Civil Veterinary Dept. Bombay admin report 1923-31 - 1923-1931
Year: 1923
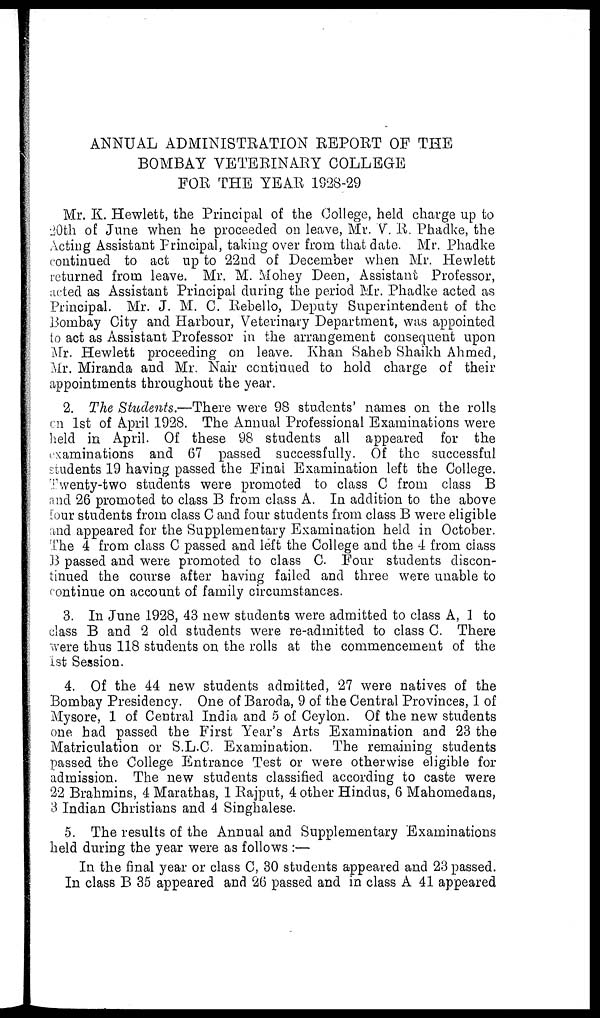
ANNUAL ADMINISTRATION REPORT OF THE
BOMBAY VETERINARY COLLEGE
FOR THE YEAR 1928-29
Mr. K. Hewlett, the Principal of the College, held charge up to
20th of June when he proceeded on leave, Mr. V. R. Phadke, the
Acting Assistant Principal, taking over from that date. Mr. Phadke
continued to act up to 22nd of December when Mr. Hewlett
returned from leave. Mr. M. Mohey Deen, Assistant Professor,
acted as Assistant Principal during the period Mr. Phadke acted as
Principal. Mr. J. M. C. Rebello, Deputy Superintendent of the
Bombay City and Harbour, Veterinary Department, was appointed
to act as Assistant Professor in the arrangement consequent upon
Mr. Hewlett proceeding on leave. Khan Saheb Shaikh Ahmed,
Mr. Miranda and Mr. Nair continued to hold charge of their
appointments throughout the year.
2. The Students.—There were 98 students' names on the rolls
on 1st of April 1928. The Annual Professional Examinations were
held in April. Of these 98 students all appeared for the
examinations and 67 passed successfully. Of the successful
students 19 having passed the Final Examination left the College.
Twenty-two students were promoted to class C from class B
and 26 promoted to class B from class A. In addition to the above
four students from class C and four students from class B were eligible
and appeared for the Supplementary Examination held in October.
The 4 from class C passed and left the College and the 4 from class
B passed and were promoted to class C. Four students discon-
tinued the course after having failed and three were unable to
continue on account of family circumstances.
3. In June 1928, 43 new students were admitted to class A, 1 to
class B and 2 old students were re-admitted to class C. There
were thus 118 students on the rolls at the commencement of the
1st Session.
4. Of the 44 new students admitted, 27 were natives of the
Bombay Presidency. One of Baroda, 9 of the Central Provinces, 1 of
Mysore, 1 of Central India and 5 of Ceylon. Of the new students
one had passed the First Year's Arts Examination and 23 the
Matriculation or S.L.C. Examination. The remaining students
passed the College Entrance Test or were otherwise eligible for
admission. The new students classified according to caste were
22 Brahmins, 4 Marathas, 1 Rajput, 4 other Hindus, 6 Mahomedans,
3 Indian Christians and 4 Singhalese.
5. The results of the Annual and Supplementary Examinations
held during the year were as follows :—
In the final year or class C, 30 students appeared and 23 passed.
In class B 35 appeared and 26 passed and in class A 41 appeared